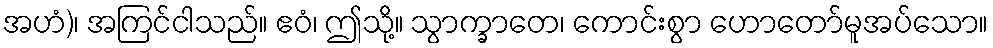
အဟံ)၊ အကြင်ငါသည်။ ဧဝံ၊ ဤသို့။ သွာက္ခာတေ၊ ကောင်းစွာ ဟောတော်မူအပ်သော။